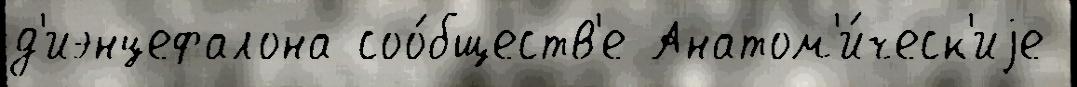
д'иэнцефалона соо́бществ'е Анатом'и́ческ'иjе